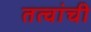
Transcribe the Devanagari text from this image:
तत्वांची